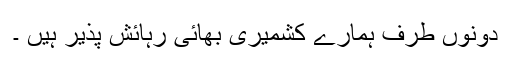
دونوں طرف ہمارے کشمیری بھائی رہائش پذیر ہیں ۔